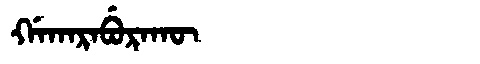
Manchu: ᡤᠠᡴᠠᡵᠠᠪᡠᡵᠠᡴᡡ
Romanization: GAKARABURAKŪ